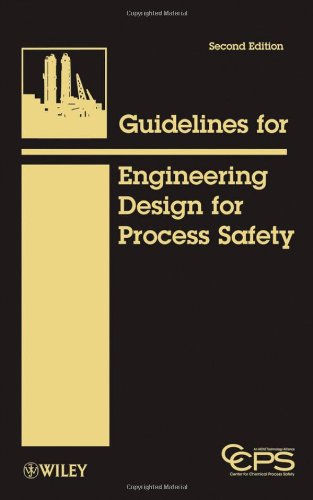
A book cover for Guidelines for Engineering Design for Process Safety; CCPS (Center for Chemical Process Safety); Science & Math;